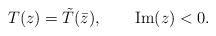
LaTeX: \begin{align*}T(z) = \tilde T(\bar z), \qquad {\rm Im}(z) < 0.\end{align*}